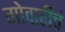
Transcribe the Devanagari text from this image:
गोवारींचं